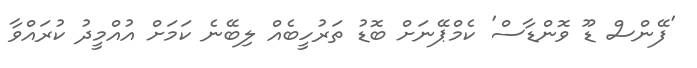
'ފޭންސް ޑޫ ވޮންޑާސް' ކެމްޕޭނަށް ބޮޑު ތަރުހީބެއް ލިބޭނެ ކަމަށް އުއްމީދު ކުރައްވާ